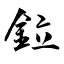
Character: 鉝